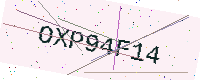
Text: OXP94F14